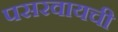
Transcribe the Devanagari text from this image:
पसरवायची